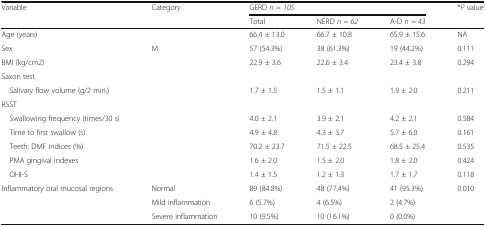
<table><thead><tr><td rowspan="2"><b>Variable</b></td><td><b>Category</b></td><td colspan="3"><b>GERD <i>n = 105</i></b></td><td><b>*<i>P</i> value</b></td></tr><tr><td></td><td><b>Total</b></td><td><b>NERD <i>n = 62</i></b></td><td><b>A-D <i>n = 43</i></b></td><td></td></tr></thead><tbody><tr><td>Age (years)</td><td></td><td>66.4 ± 13.0</td><td>66.7 ± 10.8</td><td>65.9 ± 15.6</td><td>NA</td></tr><tr><td>Sex</td><td>M</td><td>57 (54.3%)</td><td>38 (61.3%)</td><td>19 (44.2%)</td><td>0.111</td></tr><tr><td>BMI (kg/cm2)</td><td></td><td>22.9 ± 3.6</td><td>22.6 ± 3.4</td><td>23.4 ± 3.8</td><td>0.294</td></tr><tr><td colspan="6">Saxon test</td></tr><tr><td> Salivary flow volume (g/2 min.)</td><td></td><td>1.7 ± 1.5</td><td>1.5 ± 1.1</td><td>1.9 ± 2.0</td><td>0.211</td></tr><tr><td colspan="6">RSST</td></tr><tr><td> Swallowing frequency (times/30 s)</td><td></td><td>4.0 ± 2.1</td><td>3.9 ± 2.1</td><td>4.2 ± 2.1</td><td>0.584</td></tr><tr><td> Time to first swallow (s)</td><td></td><td>4.9 ± 4.8</td><td>4.3 ± 3.7</td><td>5.7 ± 6.0</td><td>0.161</td></tr><tr><td> Teeth; DMF indices (%)</td><td></td><td>70.2 ± 23.7</td><td>71.5 ± 22.5</td><td>68.5 ± 25.4</td><td>0.535</td></tr><tr><td> PMA gingival indexes</td><td></td><td>1.6 ± 2.0</td><td>1.5 ± 2.0</td><td>1.8 ± 2.0</td><td>0.424</td></tr><tr><td> OHI-S</td><td></td><td>1.4 ± 1.5</td><td>1.2 ± 1.3</td><td>1.7 ± 1.7</td><td>0.118</td></tr><tr><td rowspan="3">Inflammatory oral mucosal regions</td><td>Normal</td><td>89 (84.8%)</td><td>48 (77.4%)</td><td>41 (95.3%)</td><td rowspan="3">0.010</td></tr><tr><td>Mild inflammation</td><td>6 (5.7%)</td><td>4 (6.5%)</td><td>2 (4.7%)</td></tr><tr><td>Severe inflammation</td><td>10 (9.5%)</td><td>10 (16.1%)</td><td>0 (0.0%)</td></tr></tbody></table>